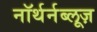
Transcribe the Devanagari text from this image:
नॉर्थर्नब्लूज़